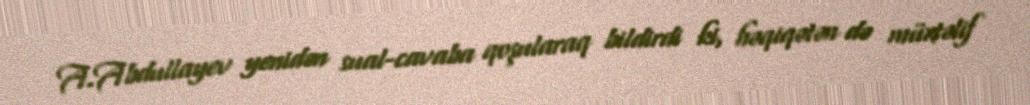
A.Abdullayev yenidən sual-cavaba qoşularaq bildirdi ki, həqiqətən də müxtəlif